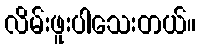
လိမ်းဖူးပါသေးတယ်။